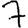
Digit: 7